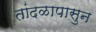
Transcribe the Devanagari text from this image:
तांदळापासुन